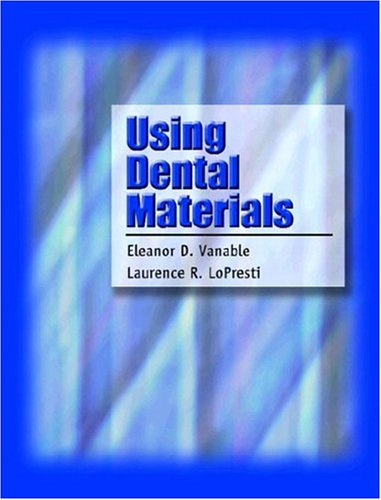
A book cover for Using Dental Materials; Eleanor D. Vanable CDA  RDH  Ed.D.; Medical Books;